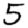
Digit: 5